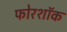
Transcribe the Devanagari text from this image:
फोरशॉक